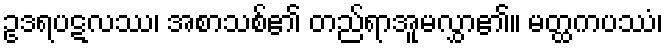
ဥဒရပဋလဿ၊ အစာသစ်၏ တည်ရာအူမလွှာ၏။ မတ္ထကပဿံ၊